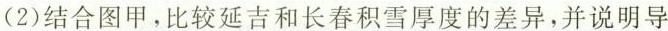
(2)结合图甲，比较延吉和长春积雪厚度的差异，并说明导